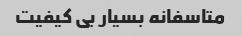
متاسفانه بسیار بی کیفیت